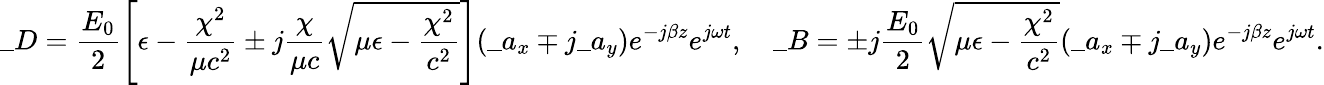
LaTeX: \_ D=\frac{E_{0}}{2}\Bigg[\epsilon-{\frac{\chi^{2}}{\mu c^{2}}}\pm j{\frac{\chi}{\mu c}}\sqrt{\mu\epsilon-{\frac{\chi^{2}}{c^{2}}}}\Bigg](\_ a_{x}\mp j\_ a_{y})e^{-j\beta z}e^{j\omega t},\quad\_ B=\pm j\frac{E_{0}}{2}\sqrt{\mu\epsilon-{\frac{\chi^{2}}{c^{2}}}}(\_ a_{x}\mp j\_ a_{y})e^{-j\beta z}e^{j\omega t}.